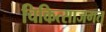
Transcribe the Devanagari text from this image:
चिकित्साजगत्